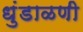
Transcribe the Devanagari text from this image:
धुंडाळणी